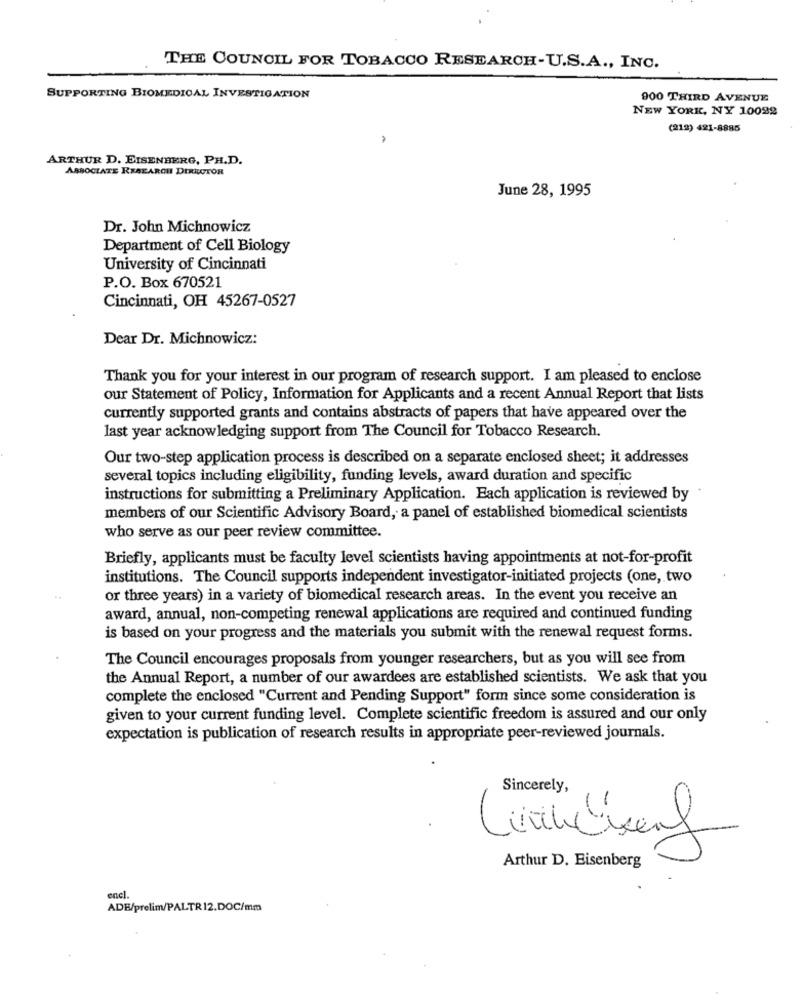
THE COUNCIL FOR TOBACCO RESEARCH-U.S.A ., INC.
SUPPORTING BIOMEDICAL INVESTIGATION
900 THIRD AVENUE
NEW YORK, NY 10092
(212) 421-8885
ARTHUR D. EISENBERG, PH.D.
ASSOCIATE RESEARCH DIRECTOR
June 28, 1995
Dr. John Michnowicz
Department of Cell Biology
University of Cincinnati
P.O. Box 670521
Cincinnati, OH 45267-0527
Dear Dr. Michnowicz:
Thank you for your interest in our program of research support. I am pleased to enclose
our Statement of Policy, Information for Applicants and a recent Annual Report that lists
currently supported grants and contains abstracts of papers that have appeared over the
last year acknowledging support from The Council for Tobacco Research.
Our two-step application process is described on a separate enclosed sheet; it addresses
several topics including eligibility, funding levels, award duration and specific
instructions for submitting a Preliminary Application. Each application is reviewed by
members of our Scientific Advisory Board, a panel of established biomedical scientists
who serve as our peer review committee.
Briefly, applicants must be faculty level scientists having appointments at not-for-profit
institutions. The Council supports independent investigator-initiated projects (one, two
or three years) in a variety of biomedical research areas. In the event you receive an
award, annual, non-competing renewal applications are required and continued funding
is based on your progress and the materials you submit with the renewal request forms.
The Council encourages proposals from younger researchers, but as you will see from
the Annual Report, a number of our awardees are established scientists. We ask that you
complete the enclosed "Current and Pending Support" form since some consideration is
given to your current funding level. Complete scientific freedom is assured and our only
expectation is publication of research results in appropriate peer-reviewed journals.
Sincerely,
X
Lünesenf
Arthur D. Eisenberg
ADB/prelim/PALTR12.DOC/mm